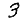
Digit: 3